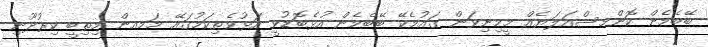
ބޭބެމެން ކޮންމސްއަލަޔެއް މީމިނިވަން ގައުމެކޭ ބޭބެމެން އުޅެބޮޑުވީ އަޅުވެތިކަމުގައޭ މަމއން މިތިބީ ކިރުދޫނި